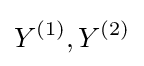
Y^{(1)},Y^{(2)}